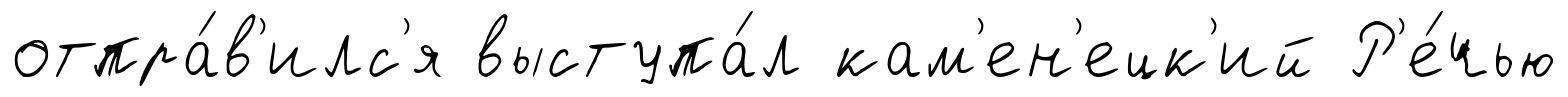
отпра́в'илс'я выступа́л кам'ен'ецк'ий Р'е́чью